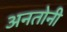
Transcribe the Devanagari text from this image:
अनतोनी